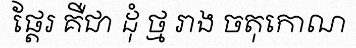
ផ្តែរ គឺជា ដុំ ថ្ម រាង ចតុកោណ